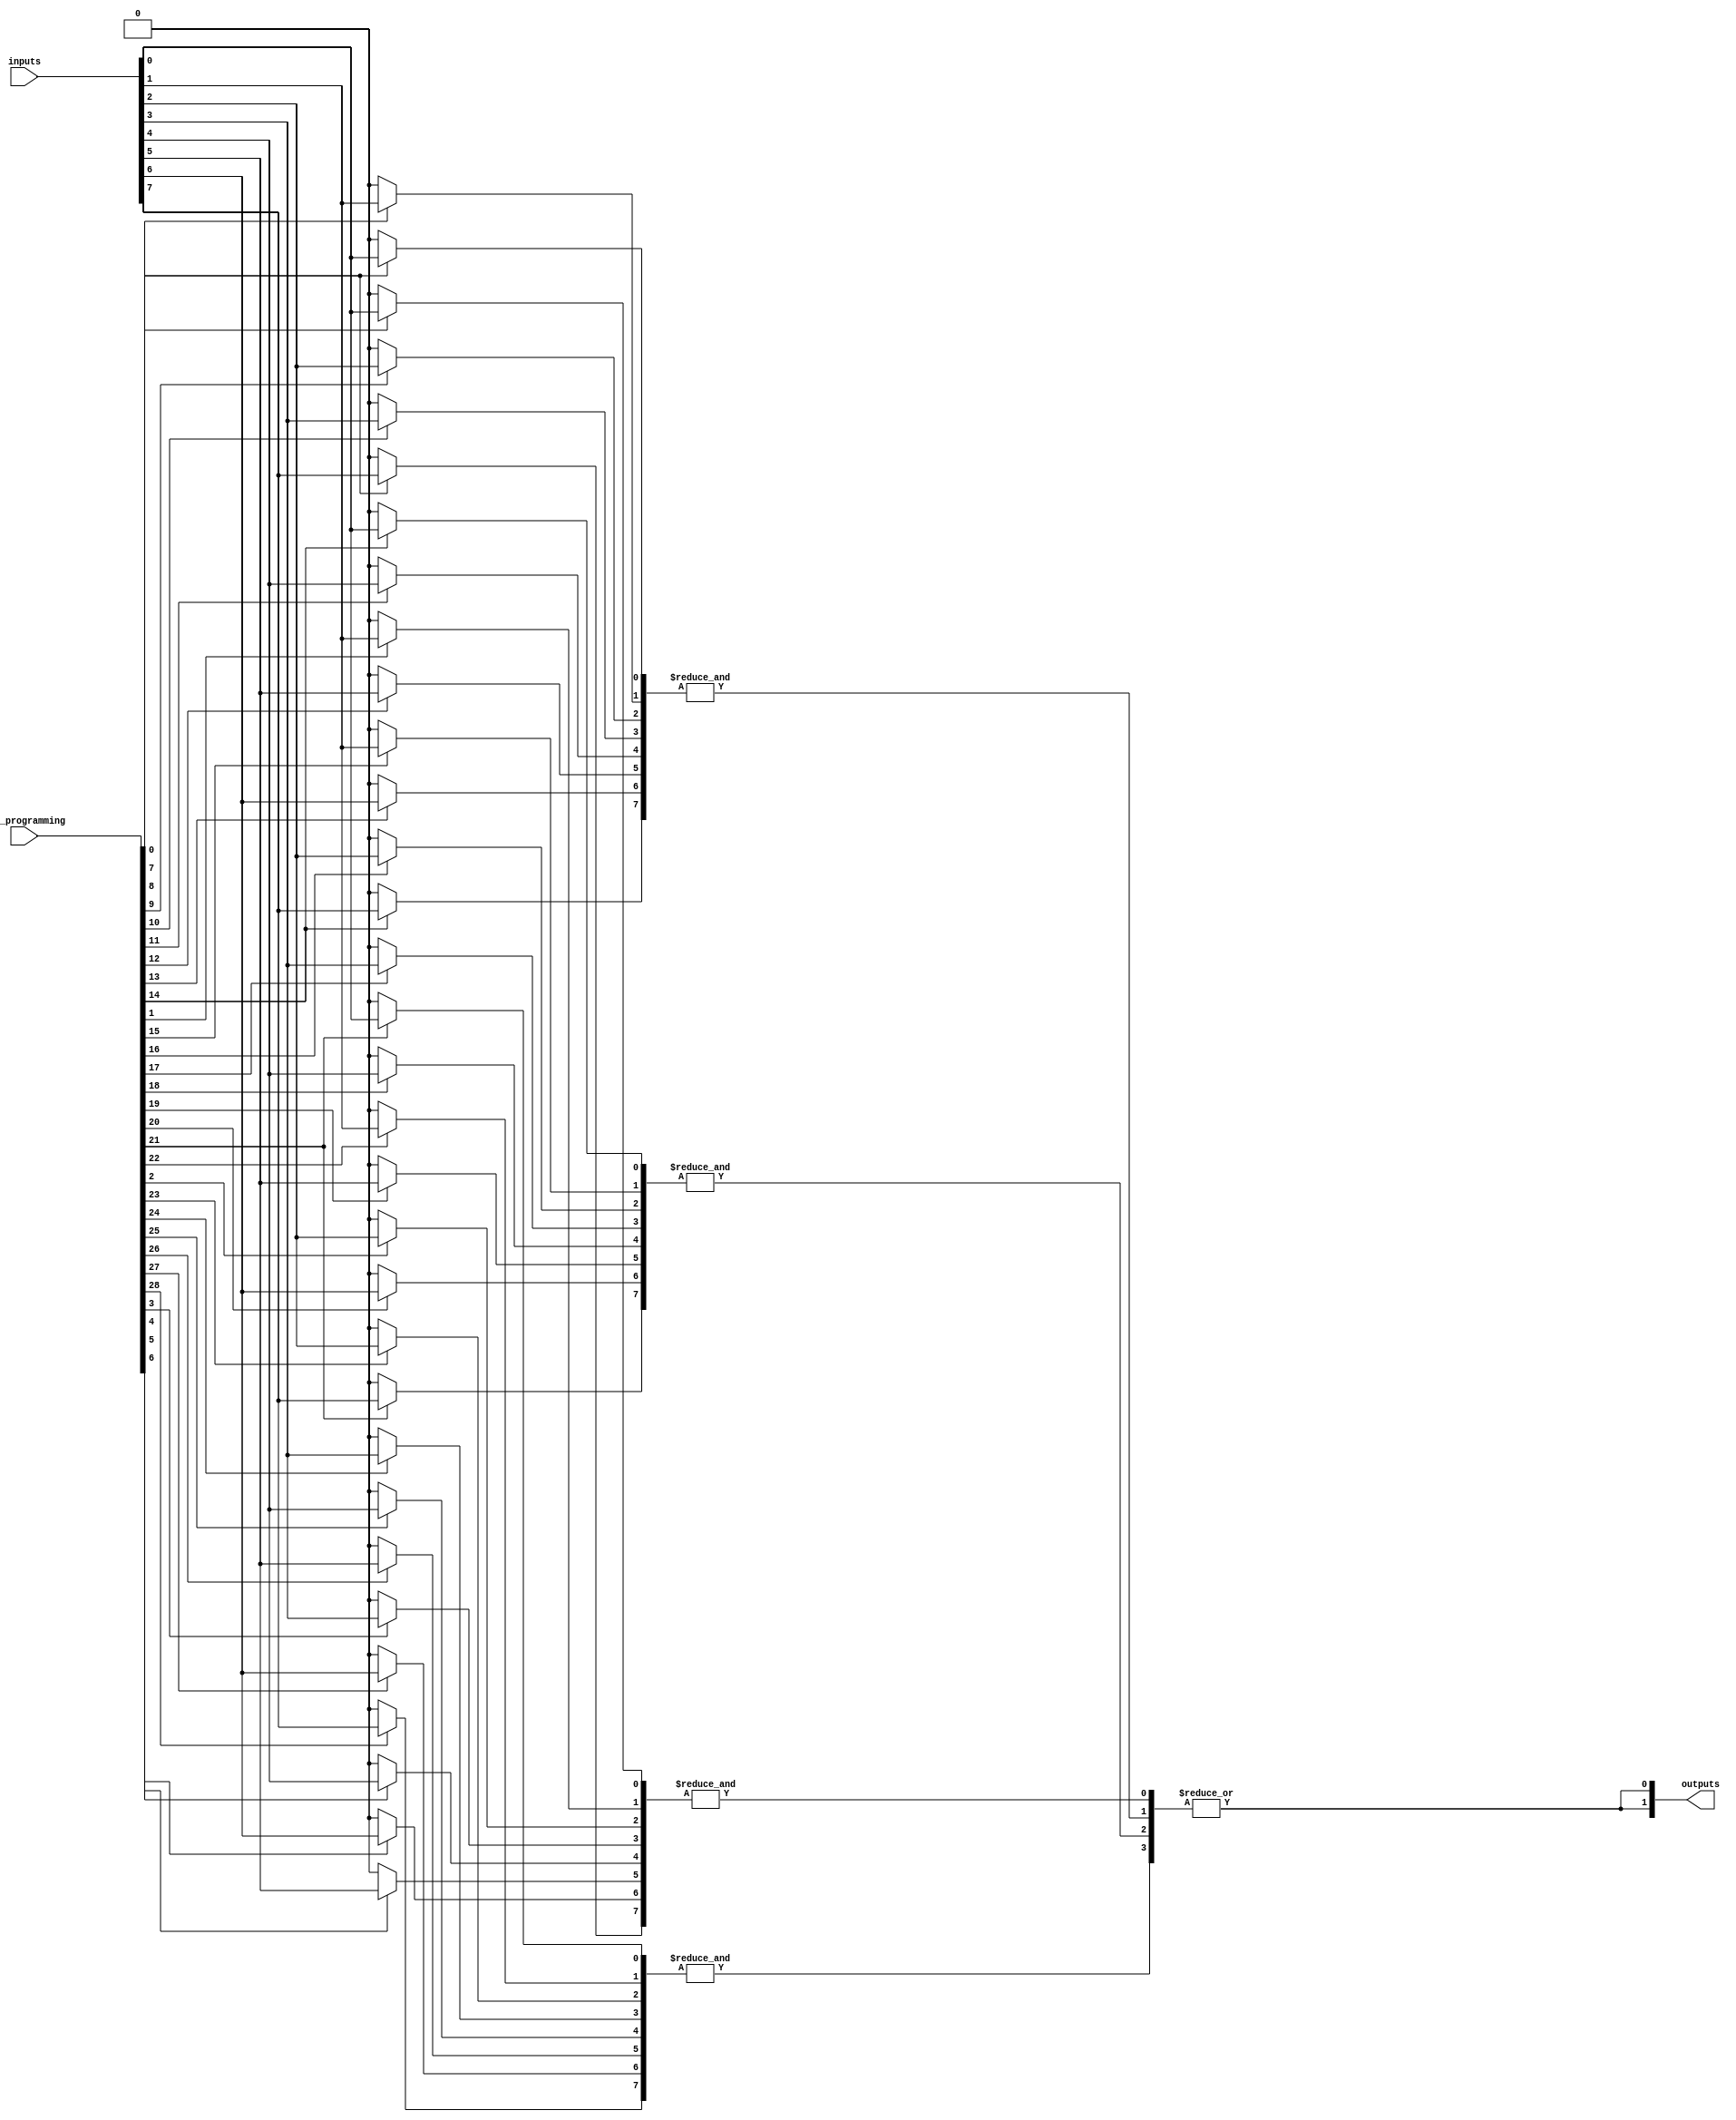
module hs_pal #(
    parameter NUM_INPUTS = 8,   // Number of inputs
    parameter NUM_AND_GATES = 4, // Number of AND gates
    parameter NUM_OR_GATES = 2    // Number of OR gates
)(
    input  wire [NUM_INPUTS-1:0] inputs, // Input signals
    input  wire [NUM_AND_GATES*(NUM_INPUTS-1):0] and_programming, // Programming connections for AND gates
    output wire [NUM_OR_GATES-1:0] outputs // Output signals
);

    // Internal wire to hold outputs of AND gates
    wire [NUM_AND_GATES-1:0] and_outputs;

    // Programmable AND gates
    genvar i, j;
    generate
        for (i = 0; i < NUM_AND_GATES; i = i + 1) begin : and_gate
            wire [NUM_INPUTS-1:0] selected_inputs;

            // Select inputs based on the programming array
            for (j = 0; j < NUM_INPUTS; j = j + 1) begin : input_selection
                assign selected_inputs[j] = and_programming[i * (NUM_INPUTS - 1) + j] ? inputs[j] : 1'b0;
            end
            
            // AND gate logic
            assign and_outputs[i] = &selected_inputs; // AND operation on selected inputs
        end
    endgenerate

    // Fixed OR gates
    generate
        for (i = 0; i < NUM_OR_GATES; i = i + 1) begin : or_gate
            // Each OR gate can connect to multiple AND outputs
            assign outputs[i] = |and_outputs; // OR operation on all AND outputs (can be modified for specific connections)
        end
    endgenerate

endmodule